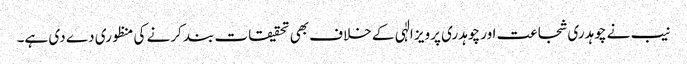
نیب نے چوہدری شجاعت اور چوہدری پرویز الٰہی کے خلاف بھی تحقیقات بند کرنے کی منظوری دے دی ہے۔